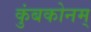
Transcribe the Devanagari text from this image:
कुंबकोनम्